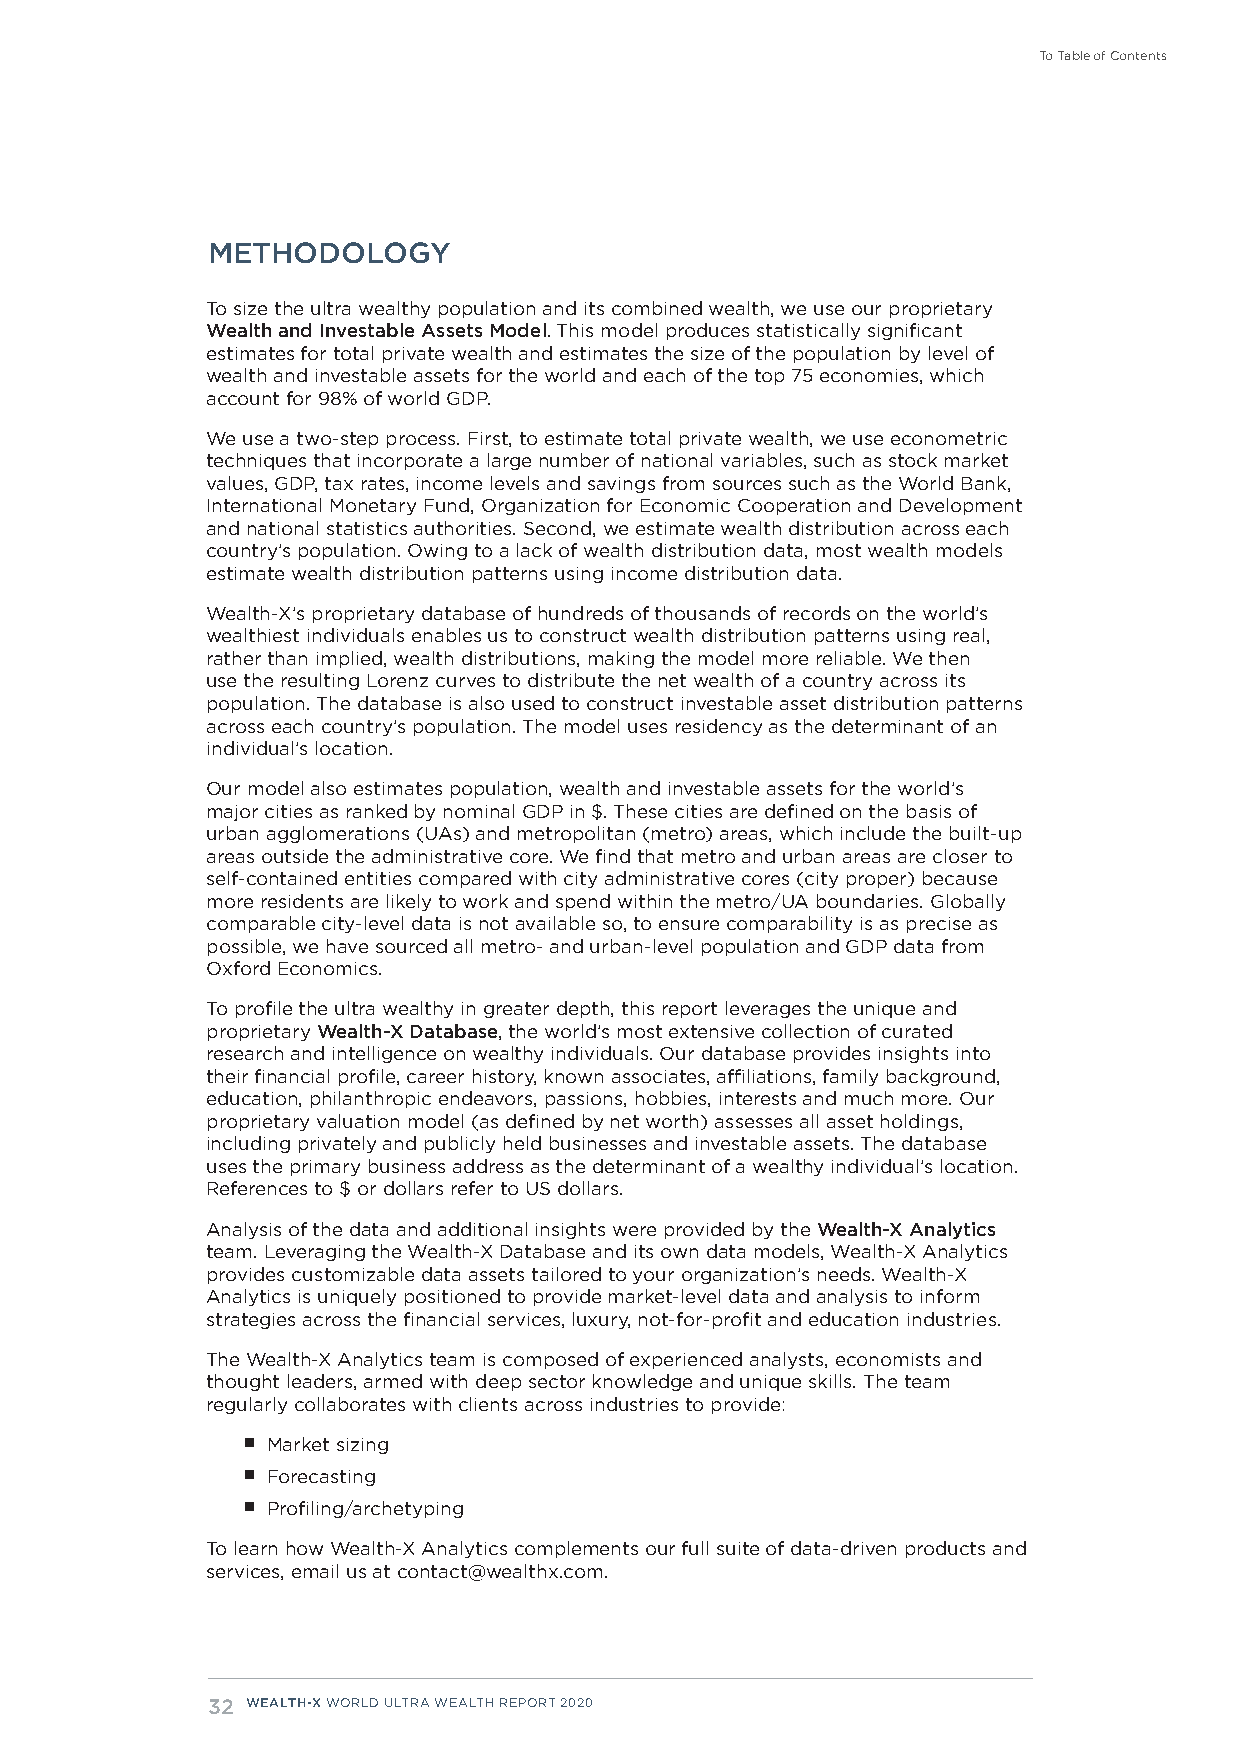
To Table of Contents
 METHODOLOGY
 To size the ultra wealthy population and its combined wealth, we use our proprietary
 Wealth and Investable Assets Model. This model produces statistically significant
 estimates for total private wealth and estimates the size of the population by level of
 wealth and investable assets for the world and each of the top 75 economies, which
 account for 98% of world GDP.
 We use a two-step process. First, to estimate total private wealth, we use econometric
 techniques that incorporate a large number of national variables, such as stock market
 values, GDP, tax rates, income levels and savings from sources such as the World Bank,
 International Monetary Fund, Organization for Economic Cooperation and Development
 and national statistics authorities. Second, we estimate wealth distribution across each
 country’s population. Owing to a lack of wealth distribution data, most wealth models
 estimate wealth distribution patterns using income distribution data.
 Wealth-X’s proprietary database of hundreds of thousands of records on the world’s
 wealthiest individuals enables us to construct wealth distribution patterns using real,
 rather than implied, wealth distributions, making the model more reliable. We then
 use the resulting Lorenz curves to distribute the net wealth of a country across its
 population. The database is also used to construct investable asset distribution patterns
 across each country’s population. The model uses residency as the determinant of an
 individual’s location.
 Our model also estimates population, wealth and investable assets for the world’s
 major cities as ranked by nominal GDP in $. These cities are defined on the basis of
 urban agglomerations (UAs) and metropolitan (metro) areas, which include the built-up
 areas outside the administrative core. We find that metro and urban areas are closer to
 self-contained entities compared with city administrative cores (city proper) because
 more residents are likely to work and spend within the metro/UA boundaries. Globally
 comparable city-level data is not available so, to ensure comparability is as precise as
 possible, we have sourced all metro- and urban-level population and GDP data from
 Oxford Economics.
 To profile the ultra wealthy in greater depth, this report leverages the unique and
 proprietary Wealth-X Database, the world’s most extensive collection of curated
 research and intelligence on wealthy individuals. Our database provides insights into
 their financial profile, career history, known associates, affiliations, family background,
 education, philanthropic endeavors, passions, hobbies, interests and much more. Our
 proprietary valuation model (as defined by net worth) assesses all asset holdings,
 including privately and publicly held businesses and investable assets. The database
 uses the primary business address as the determinant of a wealthy individual’s location.
 References to $ or dollars refer to US dollars.
 Analysis of the data and additional insights were provided by the Wealth-X Analytics
 team. Leveraging the Wealth-X Database and its own data models, Wealth-X Analytics
 provides customizable data assets tailored to your organization’s needs. Wealth-X
 Analytics is uniquely positioned to provide market-level data and analysis to inform
 strategies across the financial services, luxury, not-for-profit and education industries.
 The Wealth-X Analytics team is composed of experienced analysts, economists and
 thought leaders, armed with deep sector knowledge and unique skills. The team
 regularly collaborates with clients across industries to provide:
 ■ Market sizing
 ■ Forecasting
 ■ Profiling/archetyping
 To learn how Wealth-X Analytics complements our full suite of data-driven products and
 services, email us at contact@wealthx.com.
 32 WEALTH-X WORLD ULTRA WEALTH REPORT 2020